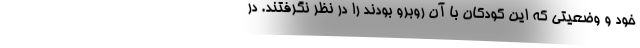
خود و وضعیتی که این کودکان با آن روبرو بودند را در نظر نگرفتند. در